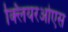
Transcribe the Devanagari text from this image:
क्लियरओएस